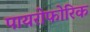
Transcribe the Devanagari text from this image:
पायरोफोरिक